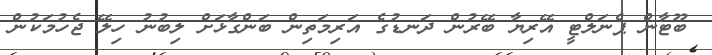
ބޫޓާން ޕެނަލްޓީ އޭރިޔާ ބޭރުން ދަނޑުގެ އަރިމަތިން ބަންގާޅަށް ލިބުނު ހިލޭ ޖެހުމަކުން